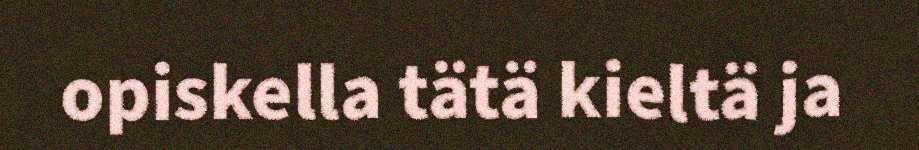
opiskella tätä kieltä ja